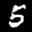
Label: 5